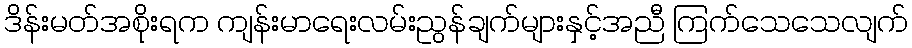
ဒိန်းမတ်အစိုးရက ကျန်းမာရေးလမ်းညွန်ချက်များနှင့်အညီ ကြက်သေသေလျက်